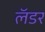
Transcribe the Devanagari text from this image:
लॅडर